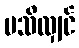
မသိလျှင်